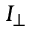
I _ { \perp }